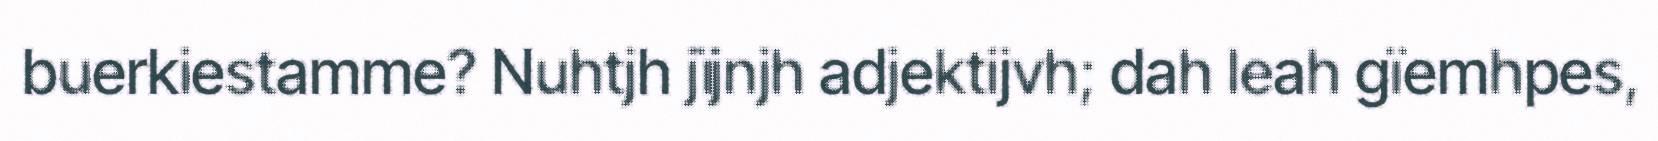
buerkiestamme? Nuhtjh jïjnjh adjektijvh; dah leah gïemhpes,